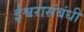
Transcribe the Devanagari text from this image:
ईश्वरासंबंधी